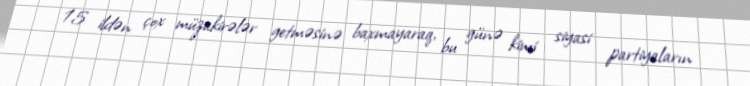
15 ildən çox müzakirələr getməsinə baxmayaraq, bu günə kimi siyasi partiyaların